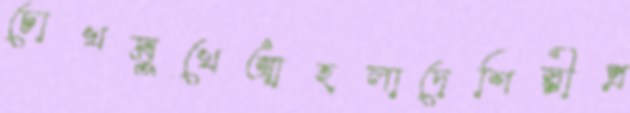
চোখমুখেআহলাদেশিল্পীপ্র